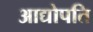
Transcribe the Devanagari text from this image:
आद्योपति